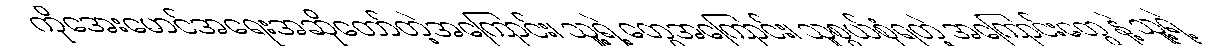
ကိုအေးမောင်အရေးအဆိုတော်တဲ့အကြောင်း၊ သူ့ရဲ့ တွေအကြောင်း၊ သူစွယ်စုံရတဲ့ အကြောင်းတွေ နဲ့ သူ့ရဲ့